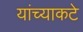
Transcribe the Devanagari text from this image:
यांच्याकटे